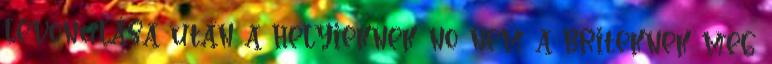
levonulása után a helyieknek no nem a briteknek meg